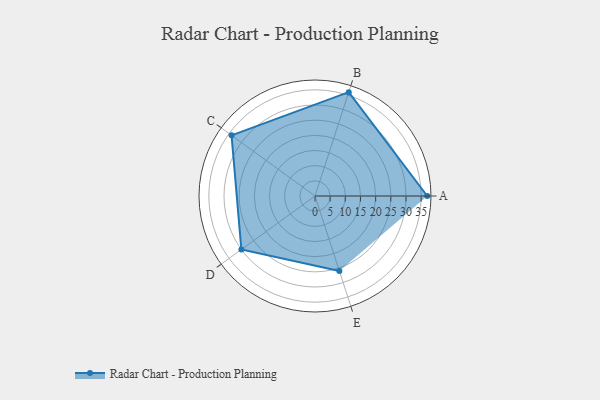
{"axis": {"x": "Skill", "y": "Score"}, "legend": ["Profile"], "data": [{"x": "A", "y": 37.0, "type": "Profile"}, {"x": "B", "y": 36.0, "type": "Profile"}, {"x": "C", "y": 34.0, "type": "Profile"}, {"x": "D", "y": 30.0, "type": "Profile"}, {"x": "E", "y": 26.0, "type": "Profile"}]}